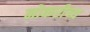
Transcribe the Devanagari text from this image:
नोकरीच्य